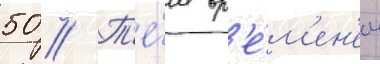
50 // Т'е́м вр'е́м'ен'ем